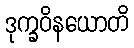
ဒုက္ခဝိနယောတိ